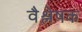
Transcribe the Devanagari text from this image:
वैश्लेषक